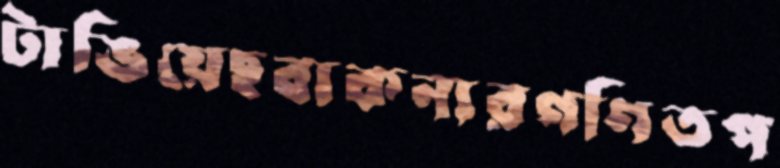
টাঙিয়েছবাকনারগণিতপ